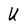
Character: U